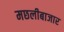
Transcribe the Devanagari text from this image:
मछलीबाजार